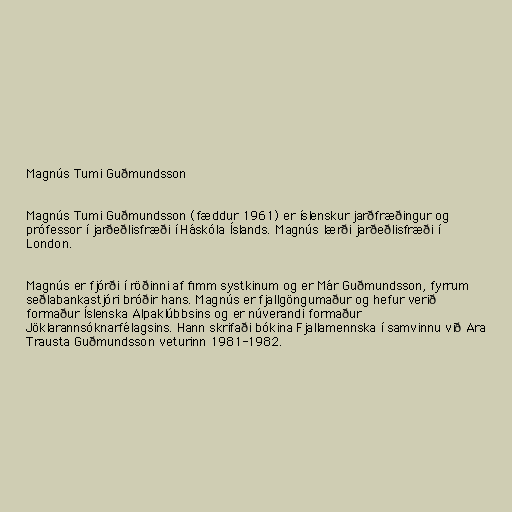
Magnús Tumi Guðmundsson

Magnús Tumi Guðmundsson (fæddur 1961) er íslenskur jarðfræðingur og
prófessor í jarðeðlisfræði í Háskóla Íslands. Magnús lærði jarðeðlisfræði í
London.

Magnús er fjórði í röðinni af fimm systkinum og er Már Guðmundsson, fyrrum
seðlabankastjóri bróðir hans. Magnús er fjallgöngumaður og hefur verið
formaður Íslenska Alpaklúbbsins og er núverandi formaður
Jöklarannsóknarfélagsins. Hann skrifaði bókina Fjallamennska í samvinnu við Ara
Trausta Guðmundsson veturinn 1981-1982.